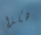
هكذا